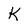
Character: k